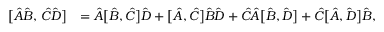
\begin{array} { r l } { \bigl [ \hat { A } \hat { B } , \, \hat { C } \hat { D } \bigr ] } & { = \hat { A } \bigl [ \hat { B } , \hat { C } \bigr ] \hat { D } + \bigl [ \hat { A } , \hat { C } \bigr ] \hat { B } \hat { D } + \hat { C } \hat { A } \bigl [ \hat { B } , \hat { D } \bigr ] + \hat { C } \bigl [ \hat { A } , \hat { D } \bigr ] \hat { B } , } \end{array}